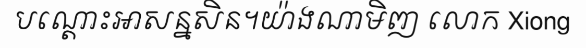
បណ្តោះអាសន្នសិន។យ៉ាងណាមិញ លោក Xiong